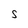
Character: S